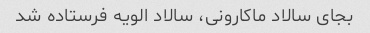
بجای سالاد ماکارونی، سالاد الویه فرستاده شد